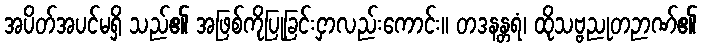
အပိတ်အပင်မရှိ သည်၏ အဖြစ်ကိုပြုခြင်းငှာလည်းကောင်း။ တဒနန္တရံ၊ ထိုသဗ္ဗညုတဉာဏ်၏